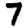
Digit: 7